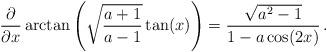
LaTeX: \begin{align*}\frac{\partial}{\partial x} \arctan\left(\sqrt{\frac{a+1}{a-1}} \tan(x) \right) = \frac{\sqrt{a^2 -1}}{1-a \cos(2 x)} \, .\end{align*}